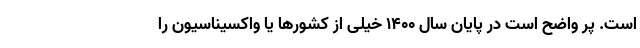
است. پر واضح است در پایان سال ۱۴۰۰ خیلی از کشورها یا واکسیناسیون را